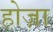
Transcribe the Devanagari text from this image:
होज़ा